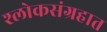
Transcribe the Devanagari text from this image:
श्लोकसंग्रहात